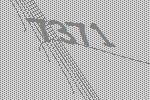
7371